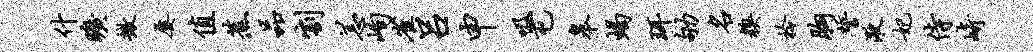
什旷撤屡值蕉品割恙峋雀吕申吸屯皋蝎珥劬名糗拎胸誓液妃侍崎